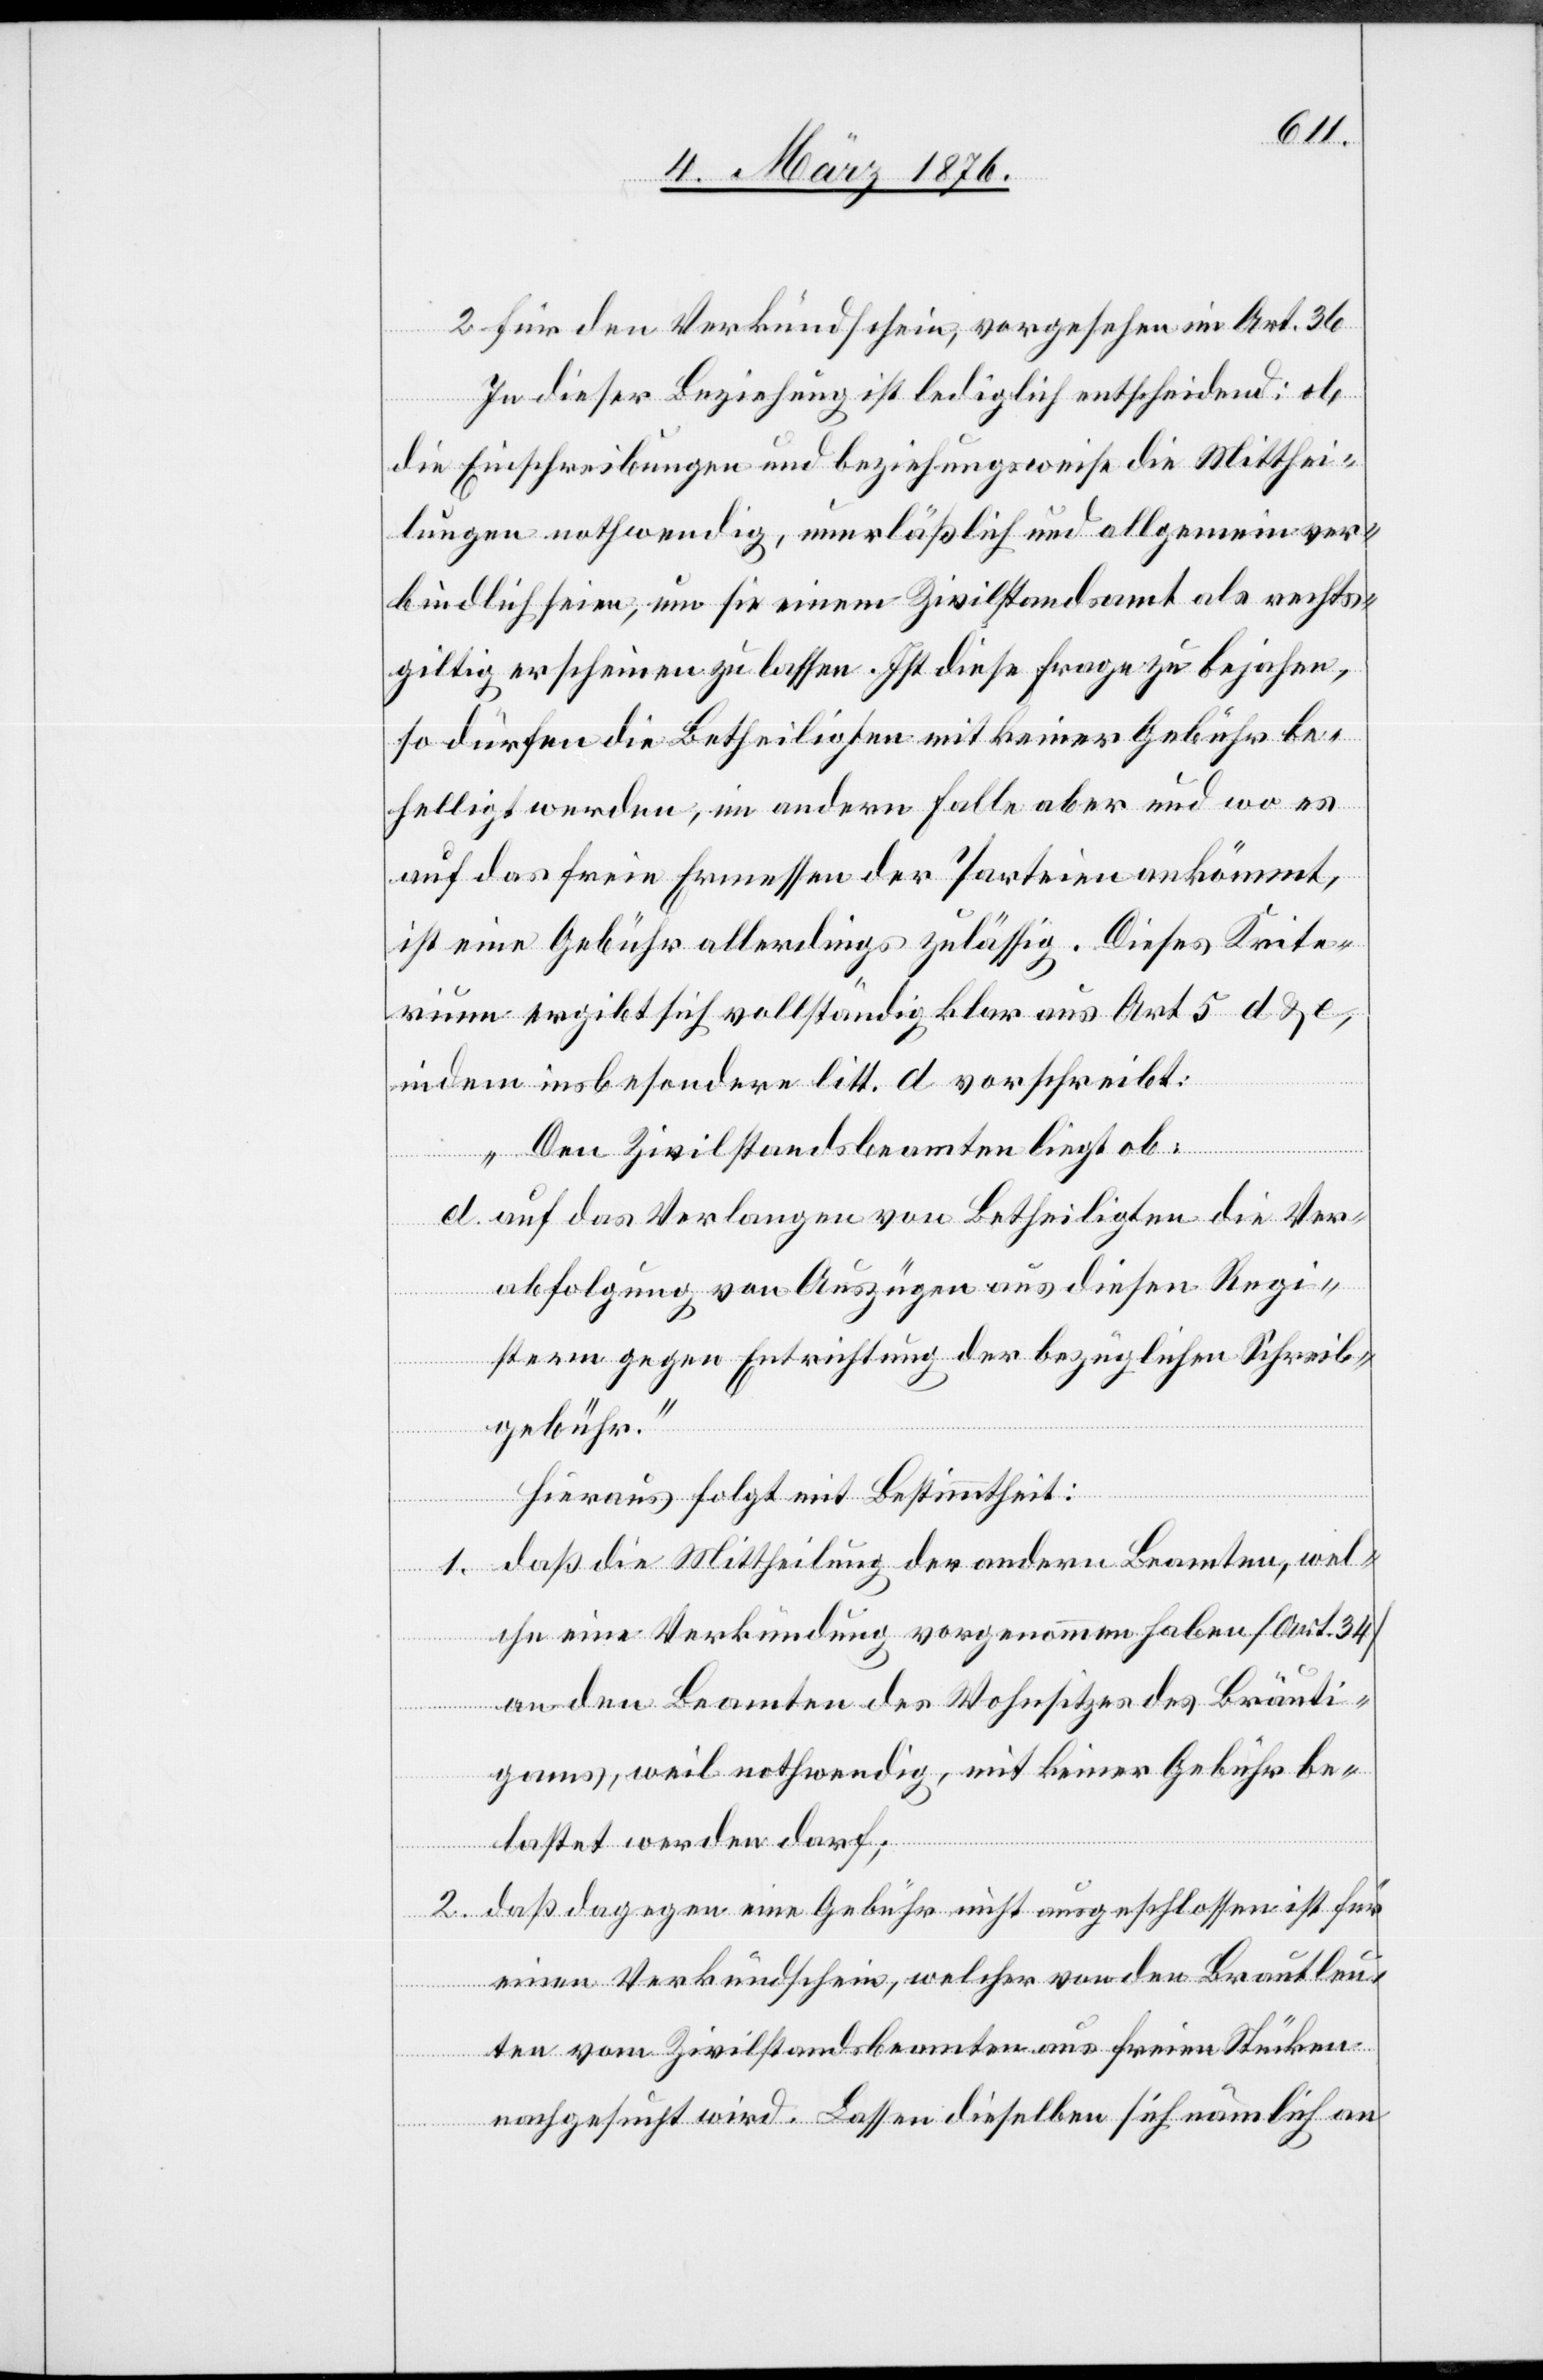
2. für den Verkündschein, vorgesehen in Art. 36.
In dieser Beziehung ist lediglich entscheidend: ob
die Einschreibungen und beziehungsweise die Mitthei¬
lungen nothwendig, unerläßlich und allgemein ver¬
bindlich seien, um sie einem Zivilstandsamt als rechts¬
giltig erscheinen zu lassen. Ist diese Frage zu bejahen,
so dürfen die Betheiligten mit keiner Gebühr be¬
helligt werden, im andern Falle aber und wo es
auf das freie Ermessen der Parteien ankömmt,
ist eine Gebühr allerdings zulässig. Dieses Krite¬
rium ergibt sich vollständig klar aus Art 5 d & e,
indem insbesondere litt. a vorschreibt:
„Den Zivilstandsbeamten liegt ob:
d. auf das Verlangen von Betheiligten die Ver¬
abfolgung von Auszügen aus diesen Regi¬
stern gegen Entrichtung der bezüglichen Schreib¬
gebühr.“
Hieraus folgt mit Bestimmtheit:
1. daß die Mittheilung der andern Beamten, wel¬
che eine Verkündung vorgenommen haben [Art. 34]
an den Beamten des Wohnsitzes des Bräuti¬
gams, weil nothwendig, mit keiner Gebühr be¬
lastet werden darf;
2. daß dagegen eine Gebühr nicht ausgeschlossen ist für
einen Verkündschein, welcher von den Brautleu¬
ten vom Zivilstandsbeamten aus freien Stücken
nachgesucht wird. Lassen dieselben sich nämlich an